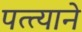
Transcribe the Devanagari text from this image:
पत्त्याने